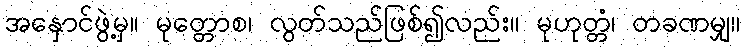
အနှောင်ဖွဲ့မှ။ မုတ္တောစ၊ လွတ်သည်ဖြစ်၍လည်း။ မုဟုတ္တံ၊ တခဏမျှ။